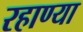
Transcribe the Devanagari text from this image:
रहाण्या